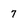
Character: 7